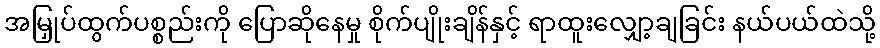
အမြှုပ်ထွက်ပစ္စည်းကို ပြောဆိုနေမှု စိုက်ပျိုးချိန်နှင့် ရာထူးလျှော့ချခြင်း နယ်ပယ်ထဲသို့